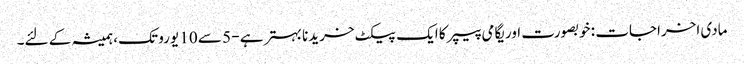
مادی اخراجات : خوبصورت اوریگامی پیپر کا ایک پیکٹ خریدنا بہتر ہے - 5 سے 10 یورو تک ، ہمیشہ کے لئے۔